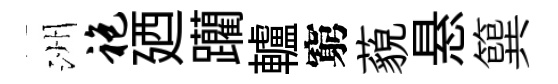
洲袍廼躪轤窮藐悬簨